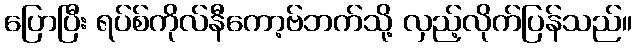
ပြောပြီး ရပ်စ်ကိုလ်နီကော့ဗ်ဘက်သို့ လှည့်လိုက်ပြန်သည်။